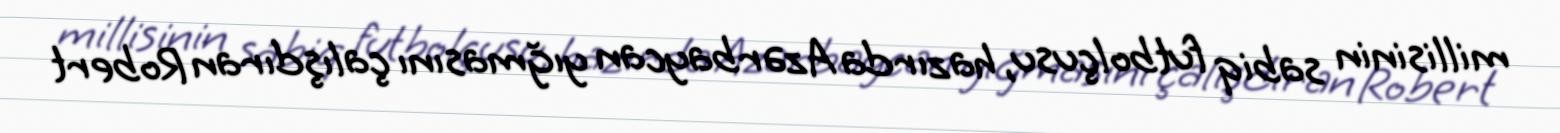
millisinin sabiq futbolçusu, hazırda Azərbaycan yığmasını çalışdıran Robert